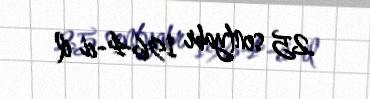
25 sentyabr 1964-ci il